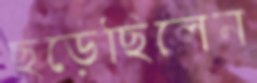
ছড়েছিলেন